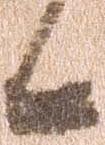
候